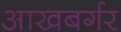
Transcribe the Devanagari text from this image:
आखबर्गर